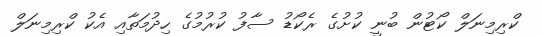
ކްރިމިނަލް ކޯޓުން ބުނީ ކުށުގެ ރެކޯޑު ސާފު ކުރުމުގެ ހިދުމަތާއި އެކު ކްރިމިނަލް